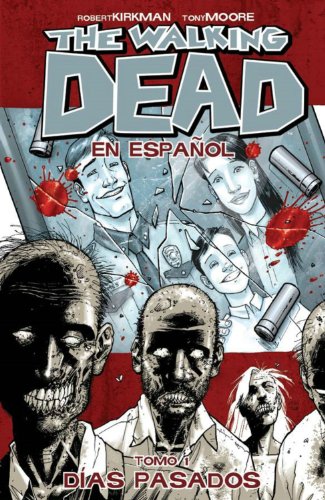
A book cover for The Walking Dead Spanish Language Edition Volume 1 TP (Walking Dead (6 Stories)); Robert Kirkman; Comics & Graphic Novels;